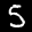
Label: 5